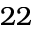
2 2